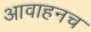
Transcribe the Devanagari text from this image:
आवाहनच